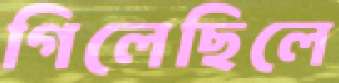
গিলেছিলে